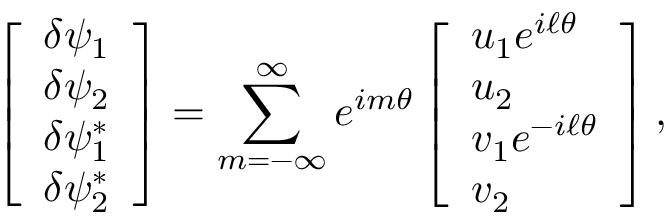
\left[ \begin{array} { l } { \delta \psi _ { 1 } } \\ { \delta \psi _ { 2 } } \\ { \delta \psi _ { 1 } ^ { * } } \\ { \delta \psi _ { 2 } ^ { * } } \end{array} \right] = \sum _ { m = - \infty } ^ { \infty } e ^ { i m \theta } \left[ \begin{array} { l } { u _ { 1 } e ^ { i \ell \theta } } \\ { u _ { 2 } } \\ { v _ { 1 } e ^ { - i \ell \theta } } \\ { v _ { 2 } } \end{array} \right] ,